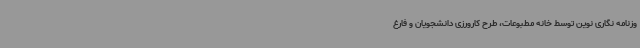
وزنامه نگاری نوین توسط خانه مطبوعات، طرح کارورزی دانشجویان و فارغ